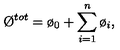
\O ^ { t o t } = \o _ { 0 } + \sum _ { i = 1 } ^ { n } { \o _ { i } } ,